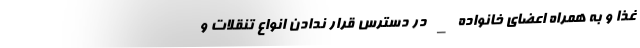
غذا و به همراه اعضای خانواده _ در دسترس قرار ندادن انواع تنقلات و